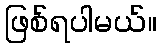
ဖြစ်ရပါမယ်။